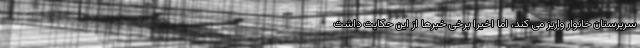
سرپرستان خانوار واریز می کند، اما اخیرا برخی خبرها از این حکایت داشت